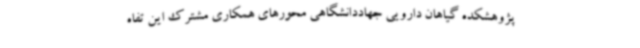
پژوهشکده گیاهان دارویی جهاددانشگاهی محورهای همکاری مشترک این تفاه